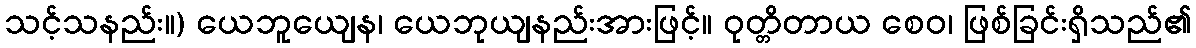
သင့်သနည်း။) ယေဘူယျေန၊ ယေဘုယျနည်းအားဖြင့်။ ဝုတ္တိတာယ စေဝ၊ ဖြစ်ခြင်းရှိသည်၏